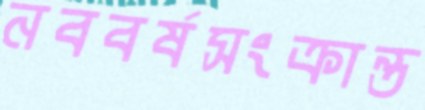
নববর্ষসংক্রান্ত